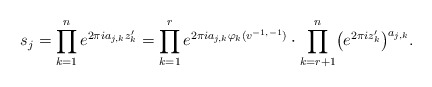
\begin{align*}s_j = \prod_{k=1}^n e^{2 \pi i a_{j,k} z_k'} = \prod_{k=1}^r e^{2 \pi i a_{j,k} \varphi_k(v^{-1,-1})} \cdot\prod_{k=r+1}^n \bigl( e^{2 \pi i z_k'} \bigr)^{a_{j,k}}.\end{align*}